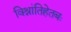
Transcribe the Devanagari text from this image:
विश्रांतिहेतबः